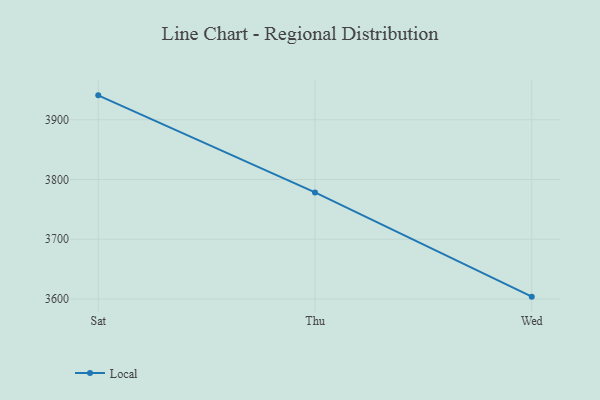
{"axis": {"x": "Day", "y": "Population (Million)"}, "legend": ["Local"], "data": [{"x": "Sat", "y": 3940.9, "type": "Local"}, {"x": "Thu", "y": 3778.4, "type": "Local"}, {"x": "Wed", "y": 3603.9, "type": "Local"}]}